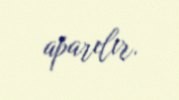
aparılır.